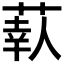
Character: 𦶗